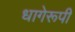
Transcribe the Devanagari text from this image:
धागेरूपी